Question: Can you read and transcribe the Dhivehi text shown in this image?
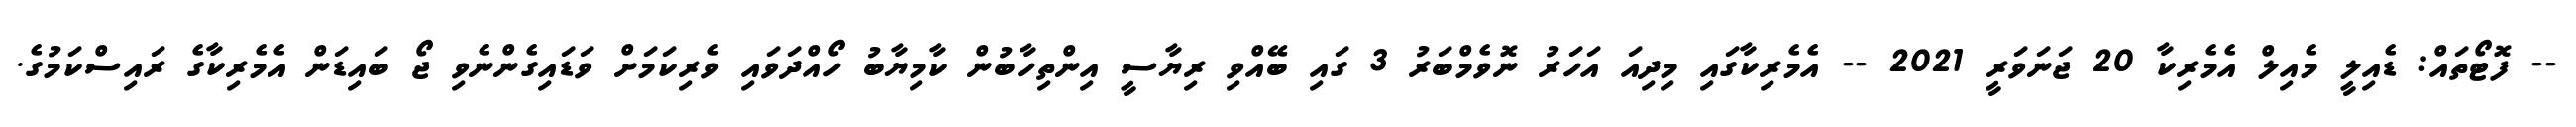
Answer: -- ފޮޓޯތައް: ޑެއިލީ މެއިލް އެމެރިކާ 20 ޖަނަވަރީ 2021 -- އެމެރިކާގައި މިދިއަ އަހަރު ނޮވެމްބަރު 3 ގައި ބޭއްވި ރިޔާސީ އިންތިހާބުން ކާމިޔާބު ހޯއްދަވައި ވެރިކަމަށް ވަޑައިގެންނެވި ޖޯ ބައިޑަން އެމެރިކާގެ ރައިސްކަމުގެ.